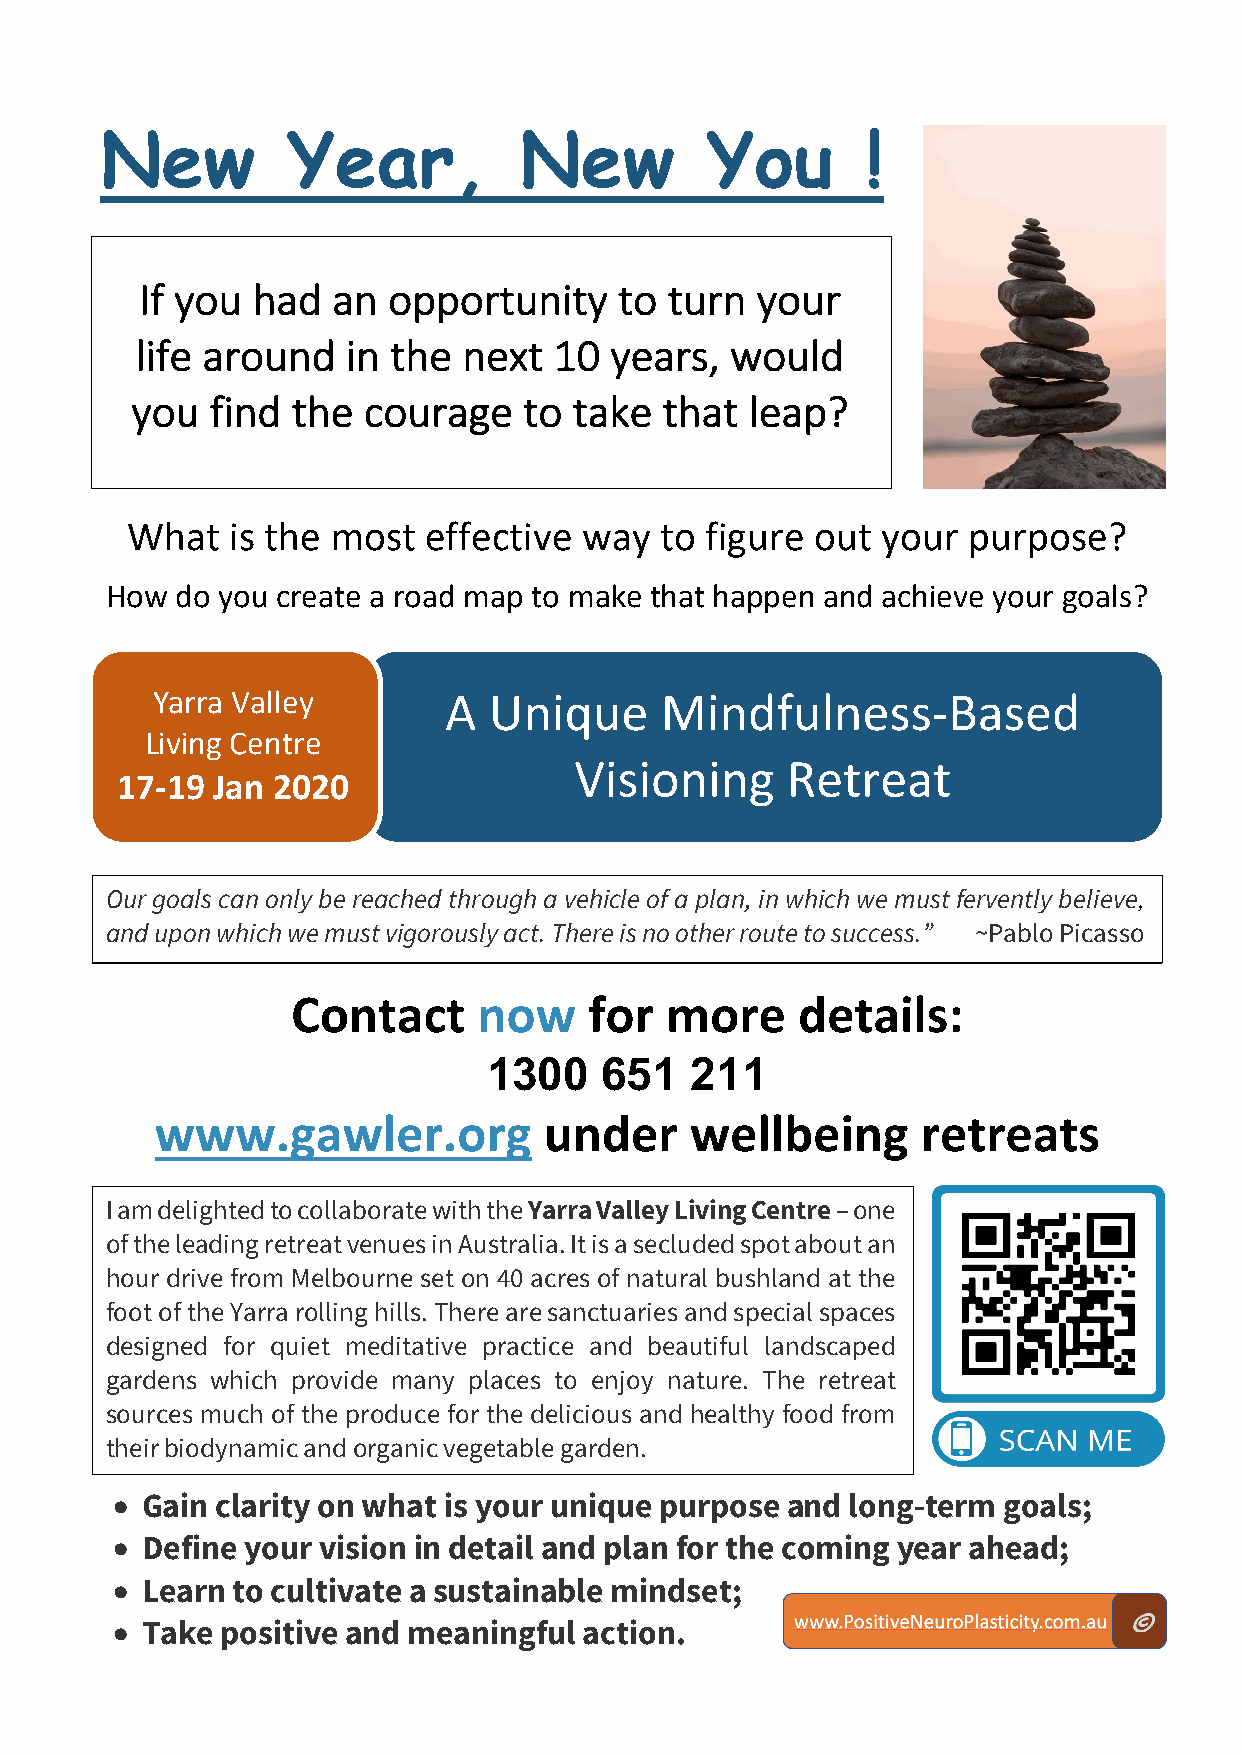
New         Year,          New          You       !
 If you  had  an  opportunity    to turn  your
 life around   in the  next  10 years,  would
 you  find the  courage    to take  that  leap?
 What   is the most  effective  way  to figure out your  purpose?
 How  do you create a road map to make that happen and achieve your goals?
 Yarra Valley       A  Unique      Mindfulness-Based
 Living Centre
 Visioning     Retreat
 17-19 Jan 2020
 Our goals can only be reached through a vehicle of a plan, in which we must fervently believe,
 and upon which we must vigorously act. There is no other route to success.” ~Pablo Picasso
 Yarra Valley
 Contact      now    for  more     details:
 1300    651   211
 www.gawler.org            under     wellbeing      retreats
 I am delighted to collaborate with the Yarra Valley Living Centre – one
 of the leading retreat venues in Australia. It is a secluded spot about an
 hour drive from Melbourne set on 40 acres of natural bushland at the
 foot of the Yarra rolling hills. There are sanctuaries and special spaces
 designed for quiet meditative practice and beautiful landscaped
 gardens which provide many places to enjoy nature. The retreat
 sources much of the produce for the delicious and healthy food from
 their biodynamic and organic vegetable garden.
 • Gain clarity on what is your unique purpose and long-term goals;
 • Define your vision in detail and plan for the coming year ahead;
 • Learn to cultivate a sustainable mindset;
 • Take  positive and meaningful action.